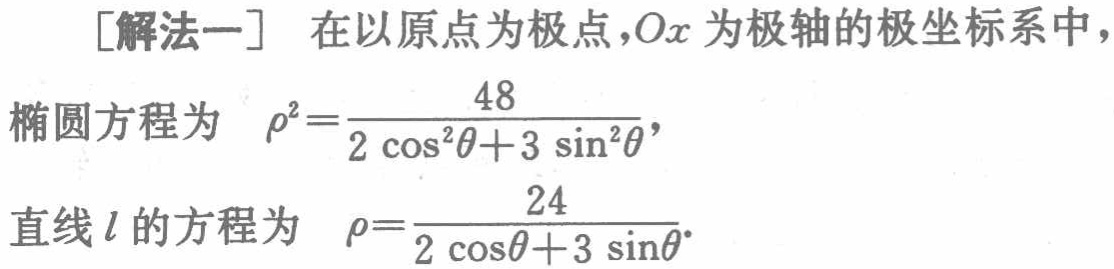
[解法一] 在以原点为极点，\(Ox\)为极轴的极坐标系中，

椭圆方程为 \(\rho^{2}=\frac{48}{2\cos^{2}\theta + 3\sin^{2}\theta}\)，

直线\(l\)的方程为 \(\rho=\frac{24}{2\cos\theta + 3\sin\theta}\)。